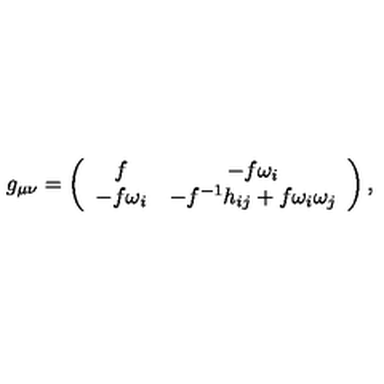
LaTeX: g _ { \mu \nu } = \left( \begin{array} { c c } { f } & { - f \omega _ { i } } \\ { - f \omega _ { i } } & { - f ^ { - 1 } h _ { i j } + f \omega _ { i } \omega _ { j } } \\ \end{array} \right) ,